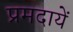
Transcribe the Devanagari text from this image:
प्रमदायें